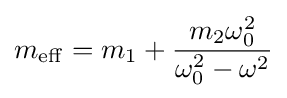
m_{\rm {eff}}=m_{1}+{\frac {m_{2}\omega _{0}^{2}}{\omega _{0}^{2}-\omega ^{2}}}